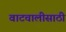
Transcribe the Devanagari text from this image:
वाटचालीसाठी